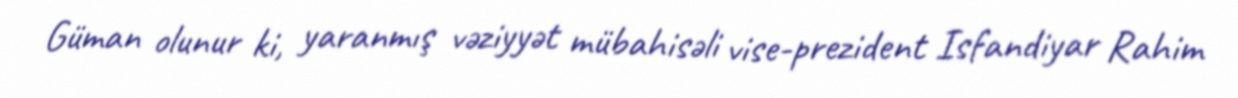
Güman olunur ki, yaranmış vəziyyət mübahisəli vise-prezident Isfandiyar Rahim